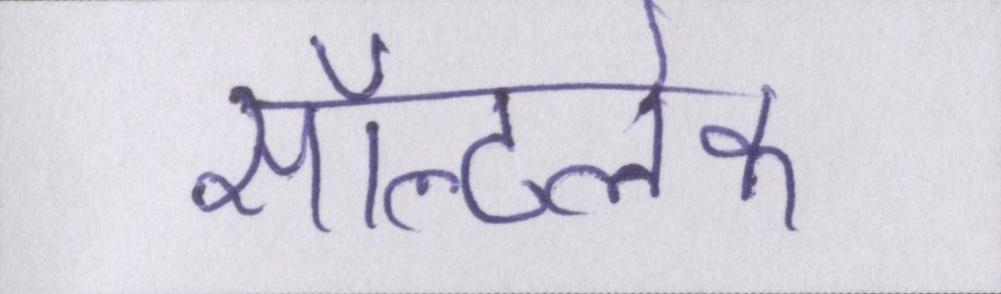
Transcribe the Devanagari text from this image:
सॉल्टलेक